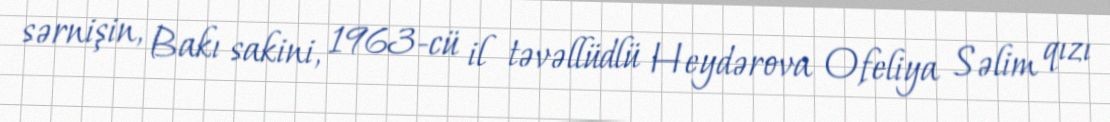
sərnişin, Bakı sakini, 1963-cü il təvəllüdlü Heydərova Ofeliya Səlim qızı